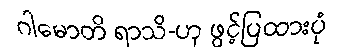
ဂါမောတိ ရာသိ-ဟု ဖွင့်ပြထားပုံ